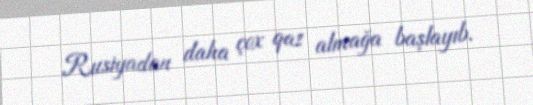
Rusiyadan daha çox qaz almağa başlayıb.